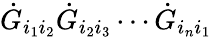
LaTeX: \dot{G}_{i_{1}i_{2}}\dot{G}_{i_{2}i_{3}}\cdots\dot{G}_{i_{n}i_{1}}